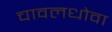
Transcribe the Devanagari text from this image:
चावलधोवा